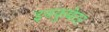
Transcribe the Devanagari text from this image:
इनकुबेटर